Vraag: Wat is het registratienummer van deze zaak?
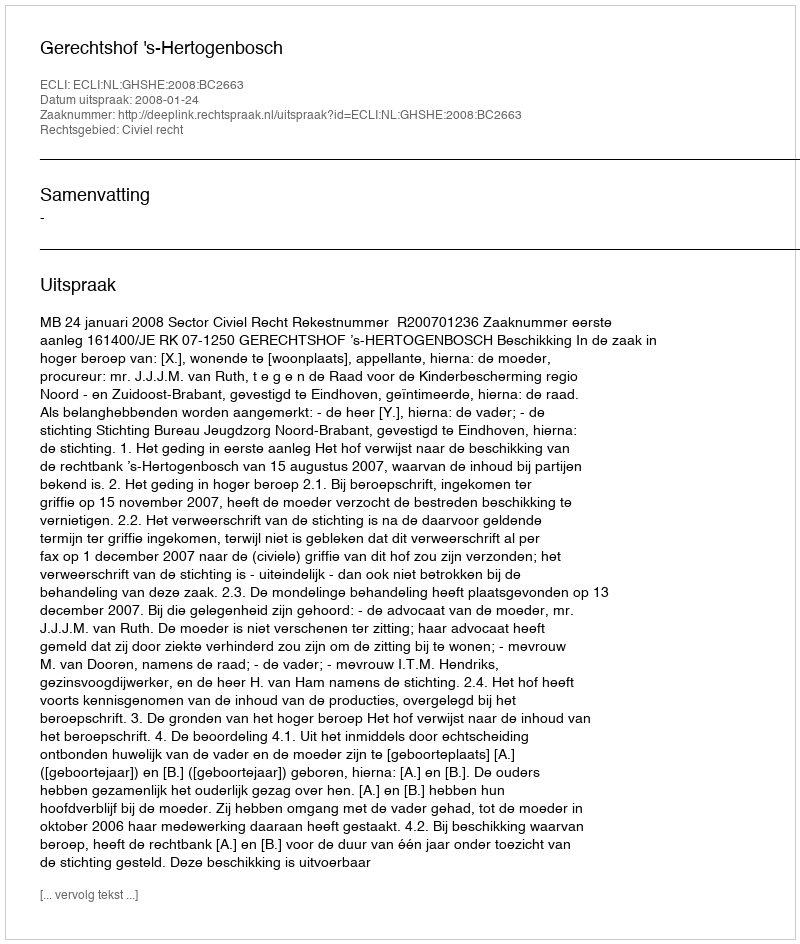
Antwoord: http://deeplink.rechtspraak.nl/uitspraak?id=ECLI:NL:GHSHE:2008:BC2663